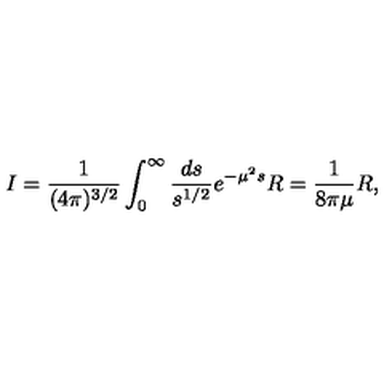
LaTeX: I = \frac { 1 } { ( 4 \pi ) ^ { 3 / 2 } } \int _ { 0 } ^ { \infty } \frac { d s } { s ^ { 1 / 2 } } e ^ { - \mu ^ { 2 } s } R = \frac { 1 } { 8 \pi \mu } R ,